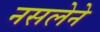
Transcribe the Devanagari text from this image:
नसलेने